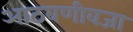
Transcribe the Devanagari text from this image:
आठवणीवजा